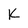
Character: K